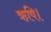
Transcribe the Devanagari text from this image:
ऋषि।